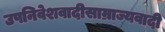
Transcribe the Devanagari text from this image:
उपनिवेशवादीसाम्राज्यवादी